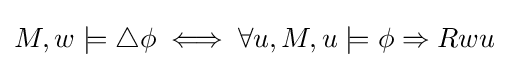
M,w\models \triangle \phi \iff \forall u,M,u\models \phi \Rightarrow Rwu